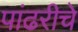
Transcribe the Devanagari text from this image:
पांढरीचे